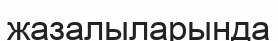
жазалыларында